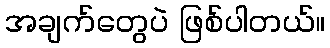
အချက်တွေပဲ ဖြစ်ပါတယ်။